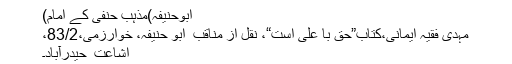
ابوحنیفہ)مذہب ِحنفی کے امام)
مہدی فقیہ ایمانی،کتاب”حق با علی است“، نقل از مناقب ِ ابو حنیفہ، خوارزمی،83/2،
اشاعت ِ حیدرآباد۔